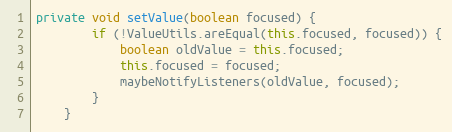
Language: Java
private void setValue(boolean focused) {
        if (!ValueUtils.areEqual(this.focused, focused)) {
            boolean oldValue = this.focused;
            this.focused = focused;
            maybeNotifyListeners(oldValue, focused);
        }
    }